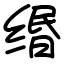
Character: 缗